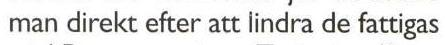
man direkt efter att lindra de fattigas